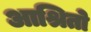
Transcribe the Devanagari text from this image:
आश्रितो